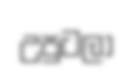
උපුටලා